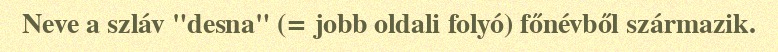
Neve a szláv "desna" (= jobb oldali folyó) főnévből származik.